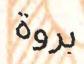
بروة